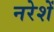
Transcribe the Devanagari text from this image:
नरेशें